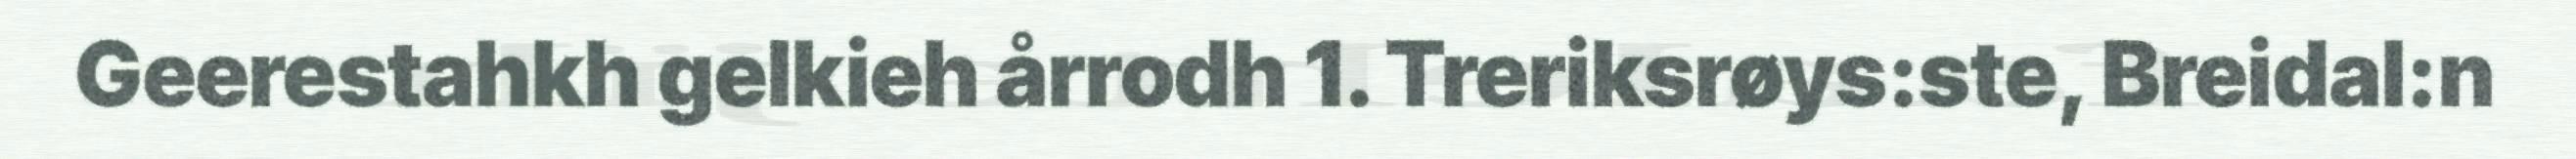
Geerestahkh gelkieh årrodh 1. Treriksrøys:ste, Breidal:n